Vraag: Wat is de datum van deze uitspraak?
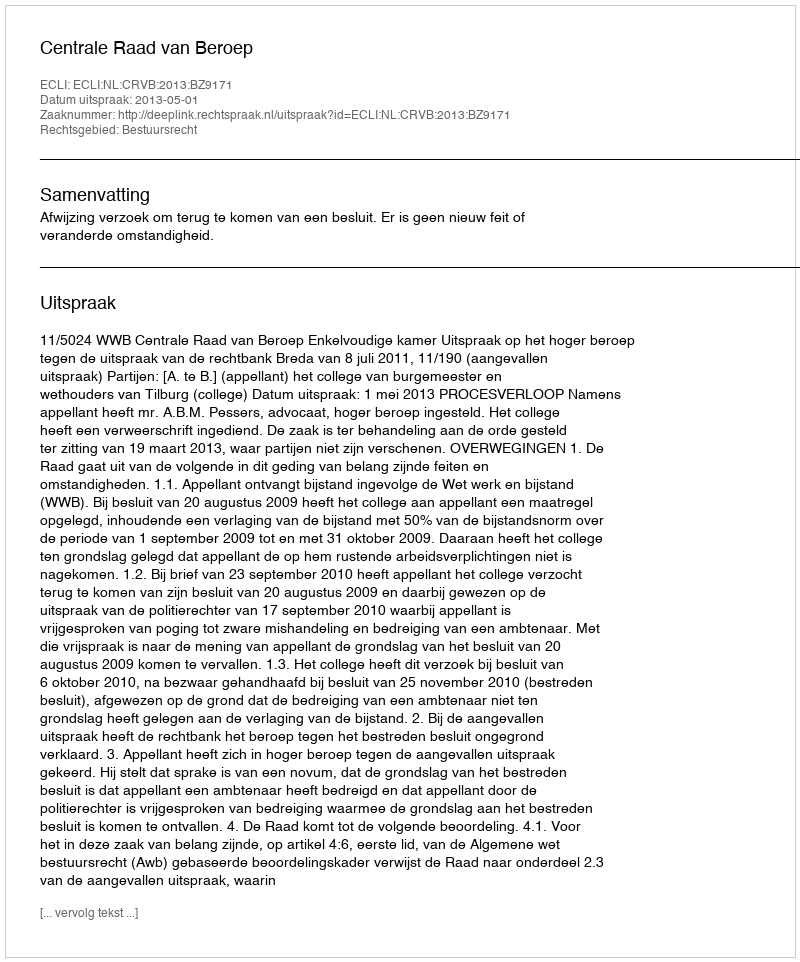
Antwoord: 2013-05-01